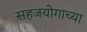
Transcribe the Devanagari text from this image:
सहजयोगाच्या